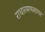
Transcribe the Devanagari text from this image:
राधारमणसागर